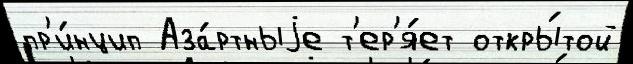
пр'и́нцип Аза́ртныjе т'ер'я́ет откры́той